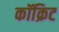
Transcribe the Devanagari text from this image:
कॉक्रिट